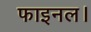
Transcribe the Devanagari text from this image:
फाइनल।